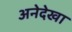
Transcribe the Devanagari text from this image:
अनेदेखा